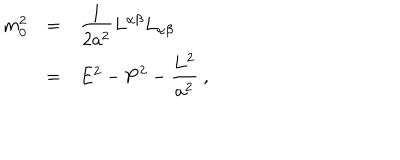
\begin{array} { r c l } { { m _ { 0 } ^ { 2 } } } & { { = } } & { { \displaystyle \frac { 1 } { 2 a ^ { 2 } } L ^ { \alpha \beta } L _ { \alpha \beta } } } \\ { { } } & { { = } } & { { E ^ { 2 } - { \bf P } ^ { 2 } - \displaystyle \frac { { \bf L } ^ { 2 } } { a ^ { 2 } } ~ , } } \\ \end{array}